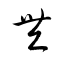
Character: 豐